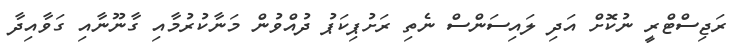
ރަޖިސްޓްރީ ނުކޮށް އަދި ލައިސަންސް ނެތި ރަށުޕިކަޕު ދުއްވުން މަނާކުރުމާއި ގާނޫނާއި ގަވާއިދާ